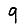
Digit: 9